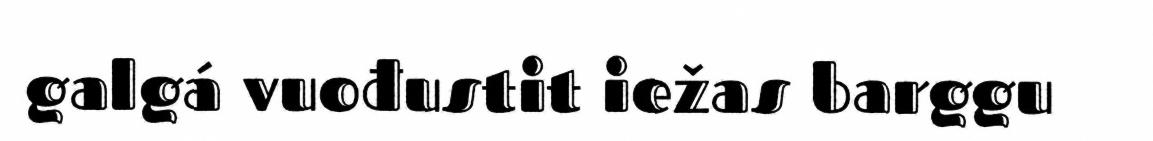
galgá vuođustit iežas barggu